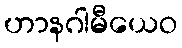
ဟာနဂါမီယေဝ